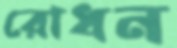
রোধন